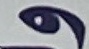
و